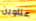
عناوين